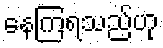
နေကြရသည်ဟု